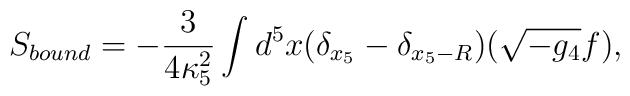
S_{bound}=-\frac{3}{4\kappa_5^2}\int d^5x (\delta_{x_5}-\delta_{x_5-R})(\sqrt {-g_4}f),